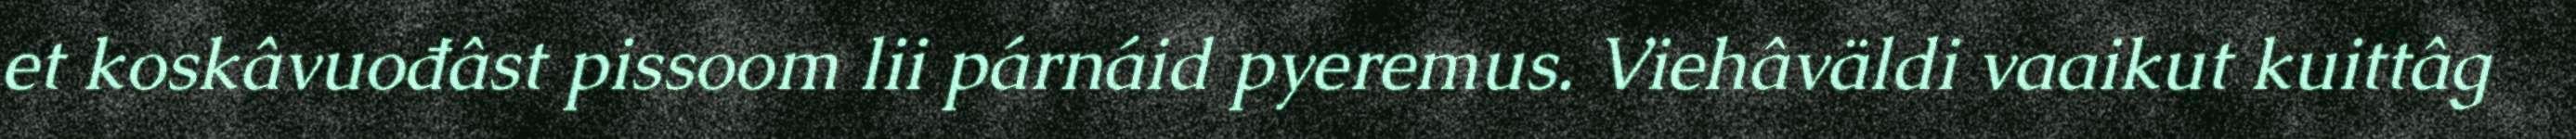
et koskâvuođâst pissoom lii párnáid pyeremus. Viehâväldi vaaikut kuittâg